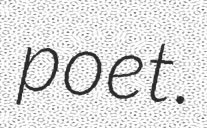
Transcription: poet.